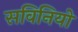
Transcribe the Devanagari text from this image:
सविनियो